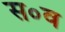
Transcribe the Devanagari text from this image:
स०व